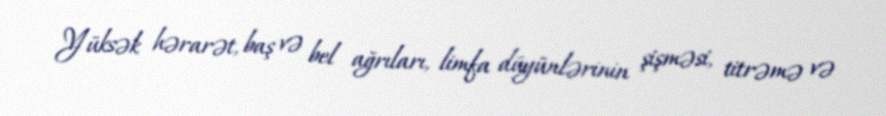
Yüksək hərarət, baş və bel ağrıları, limfa düyünlərinin şişməsi, titrəmə və